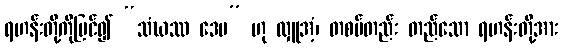
ရဟန်းတို့ကိုမြင်၍ “သံဃဿ ဒေမ” ဟု လှူအံ့၊ တစပ်တည်း တည်သော ရဟန်းတို့အား